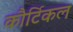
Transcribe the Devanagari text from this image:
कौर्टिकल